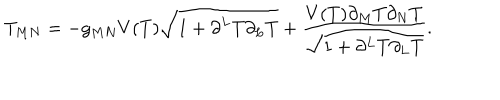
LaTeX: T _ { M N } = - g _ { M N } V ( T ) \sqrt { 1 + \partial ^ { L } T \partial _ { L } T } + \frac { V ( T ) \partial _ { M } T \partial _ { N } T } { \sqrt { 1 + \partial ^ { L } T \partial _ { L } T } } .